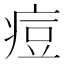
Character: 痘